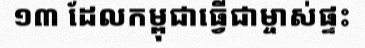
១៣ ដែលកម្ពុជាធ្វើជាម្ចាស់ផ្ទះ